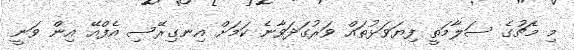
މި މެޗުގެ ސަލާމަތީ ފިޔަވަޅުތައް ވަރުގަދަވާނެ ކަމަށް އިނގިރޭސި އެފްއޭ އިން ވަނީ